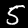
Label: 5